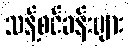
သန့်စင်ခန်းများ